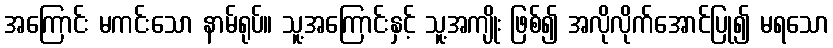
အကြောင်း မကင်းသော နာမ်ရုပ်။ သူ့အကြောင်းနှင့် သူ့အကျိုး ဖြစ်၍ အလိုလိုက်အောင်ပြု၍ မရသော